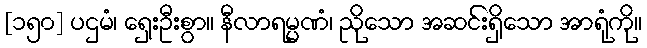
[၁၅၀] ပဌမံ၊ ရှေးဦးစွာ။ နီလာရမ္မဏံ၊ ညိုသော အဆင်းရှိသော အာရုံကို။